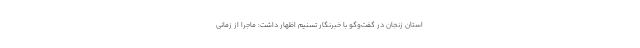
استان زنجان در گفت‌وگو با خبرنگار تسنیم اظهار داشت: ماجرا از زمانی